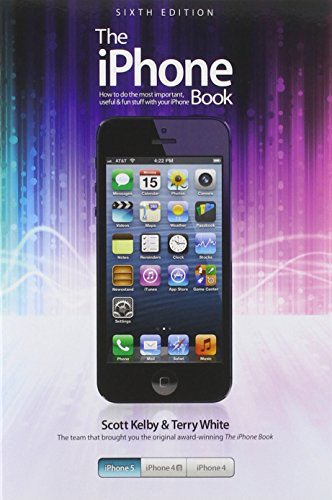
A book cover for The iPhone Book: Covers iPhone 5, iPhone 4S, and iPhone 4 (6th Edition); Scott Kelby; Computers & Technology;